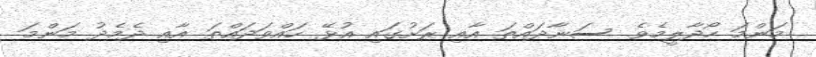
މަންމަ ހޯދާލީމެވެ. ސަނާދައްތަ އާއި ރަށުގައި އުޅޭ ހައްވަދައްތަ އާއި ދެމެދު މަންމަ